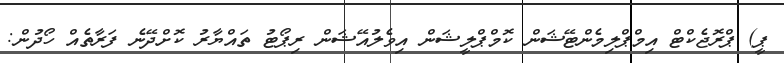
ޕީ) ޕްރޮޖެކްޓް އިމްޕްލިމެންޓޭޝަން ކޮމްޕްލީޝަން އިވެލުއޭޝަން ރިޕޯޓު ތައްޔާރު ކޮށްދޭނެ ފަރާތެއް ހޯދުން: